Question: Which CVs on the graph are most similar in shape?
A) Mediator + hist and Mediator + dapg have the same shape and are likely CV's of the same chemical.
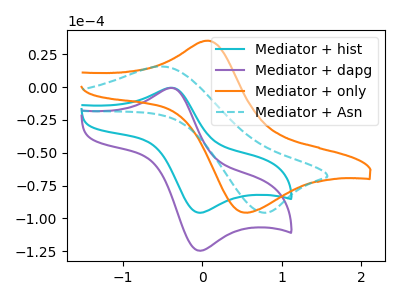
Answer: <think>The cyan curve "Mediator + hist" has an anodic peak at (-0.40V, -0.50uA) and a cathodic peak at (-0.05V, -95.60uA). The purple curve "Mediator + dapg" has an anodic peak at (-0.40V, -0.65uA) and a cathodic peak at (-0.05V, -124.50uA). The orange curve "Mediator + only" has an anodic peak at (0.10V, 35.35uA) and a cathodic peak at (0.55V, -95.55uA). The cyan dashed curve "Mediator + Asn" has an anodic peak at (-0.50V, 15.75uA) and a cathodic peak at (0.80V, -95.60uA).
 All the peaks in "Mediator + hist" have a peak in "Mediator + dapg" at the same potential. "Mediator + hist" and "Mediator + only" have at least one peak that do not match. "Mediator + hist" and "Mediator + Asn" have at least one peak that do not match. "Mediator + dapg" and "Mediator + only" have at least one peak that do not match. "Mediator + dapg" and "Mediator + Asn" have at least one peak that do not match. "Mediator + only" and "Mediator + Asn" have at least one peak that do not match.</think>
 <answer>A) "Mediator + hist" and "Mediator + dapg" have the same shape and are likely CV's of the same chemical.</answer>
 <eval>A</eval>